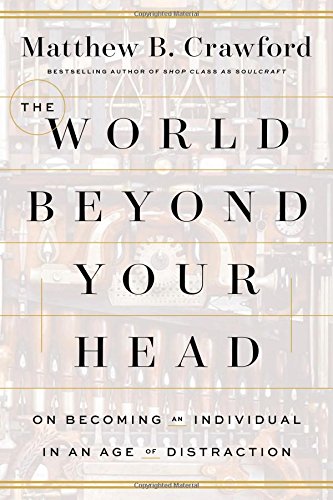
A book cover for The World Beyond Your Head: On Becoming an Individual in an Age of Distraction; Matthew B. Crawford; Medical Books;